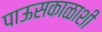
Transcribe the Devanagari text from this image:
पाऊसकाळाशी